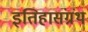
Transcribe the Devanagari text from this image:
इतिहासंग्रंथ